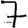
Digit: 7